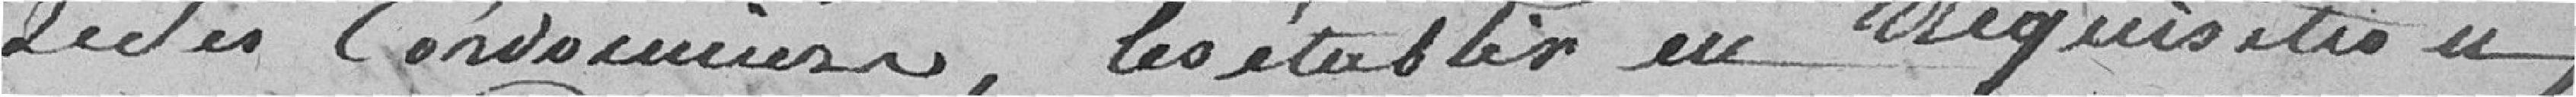
de Ces Cordonniers, les établir en Réquisition ,